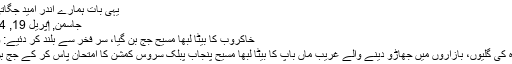
یہی بات ہمارے اندر اُمید جگاتی ہے
جاسمن, ‏اپریل 19, 2014
خاکروب کا بیٹا لبھا مسیح جج بن گیا، سر فخر سے بلند کر دئیے: والدین
اوکاڑہ کی گلیوں، بازاروں میں جھاڑو دینے والے غریب ماں باپ کا بیٹا لبھا مسیح پنجاب پبلک سروس کمشن کا امتحان پاس کر کے جج بن گیا۔